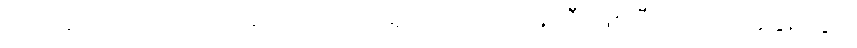
၇၇၉၄ သည် ကိုက်ငါးဆယ် အချင်းရှိ ကျောက်တုံးကြီးဖြစ်ပြီး၊ ၁၉၉၇ ခုနှစ်တွင်